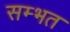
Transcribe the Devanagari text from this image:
सम्भत